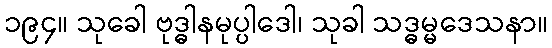
၁၉၄။ သုခေါ ဗုဒ္ဓါနမုပ္ပါဒေါ၊ သုခါ သဒ္ဓမ္မဒေသနာ။